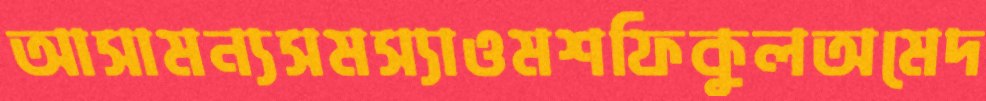
আসামন্যসমস্যাওমশফিকুলঅমেদ